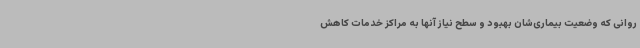
روانی که وضعیت بیماری‌شان بهبود و سطح نیاز آنها به مراکز خدمات کاهش